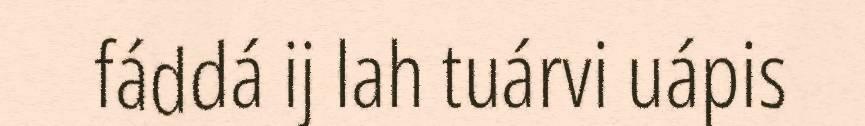
fáddá ij lah tuárvi uápis